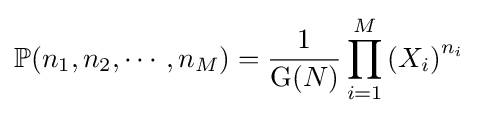
\mathbb {P} (n_{1},n_{2},\cdots ,n_{M})={\frac {1}{{\text{G}}(N)}}\prod _{i=1}^{M}\left(X_{i}\right)^{n_{i}}